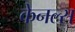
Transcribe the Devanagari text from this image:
केनल्स